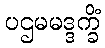
ပဌမမဒ္ဒက္ခိံ